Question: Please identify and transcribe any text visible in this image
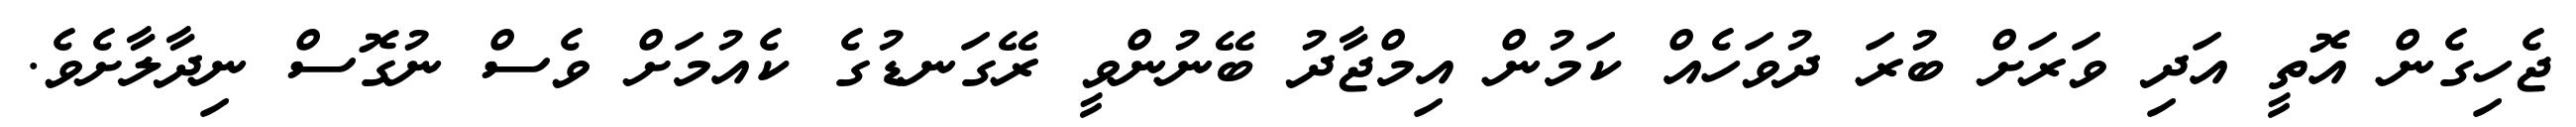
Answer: ޖެހިގެން އޮތީ އަދި ވަރަށް ބުރަ ދުވަހެއް ކަމުން އިމްޖާދު ބޭނުންވީ ރޭގަނޑުގެ ކެއުމަށް ވެސް ނުގޮސް ނިދާލާށެވެ.